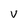
Character: v